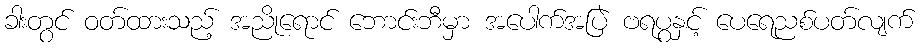
ခါးတွင် ဝတ်ထားသည့် အညိုရောင် ဘောင်းဘီမှာ အပေါက်အပြဲ ဗရပွနှင့် ပေရေညစ်ပတ်လျက်